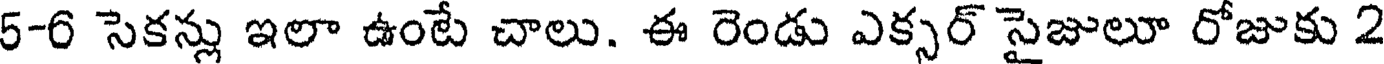
5-6 సెకన్లు ఇలా ఉంటే చాలు. ఈ రెండు ఎక్సర్ సైజులూ రోజుకు 2